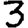
Digit: 3